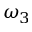
\omega _ { 3 }